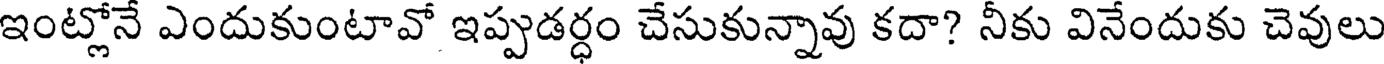
ఇంట్లోనే ఎందుకుంటావో ఇప్పుడర్ధం చేసుకున్నావు కదా? నీకు వినేందుకు చెవులు